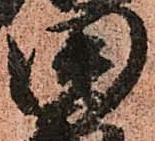
田